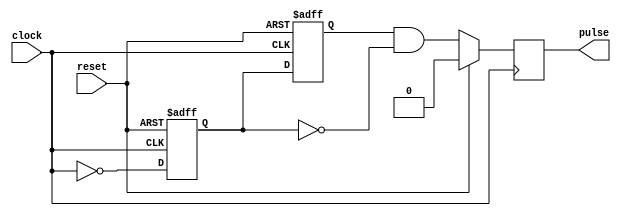
module FallingEdgePulseGenerator (
    input wire clock,
    input wire reset,
    output reg pulse
);

reg capture;
reg previous_capture;

always @ (posedge clock or posedge reset) begin
    if (reset) begin
        capture <= 1'b0;
        previous_capture <= 1'b0;
    end else begin
        previous_capture <= capture;
        capture <= ~clock;
    end
end

always @ (posedge clock) begin
    if (reset) begin
        pulse <= 1'b0;
    end else begin
        pulse <= previous_capture & ~capture;
    end
end

endmodule